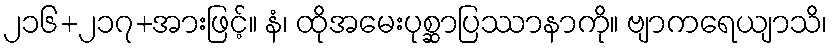
၂၁၆+၂၁၇+အားဖြင့်။ နံ၊ ထိုအမေးပုစ္ဆာပြဿာနာကို။ ဗျာကရေယျာသိ၊